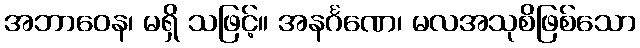
အဘာဝေန၊ မရှိ သဖြင့်။ အနင်္ဂဏေ၊ မလအသုစိဖြစ်သော